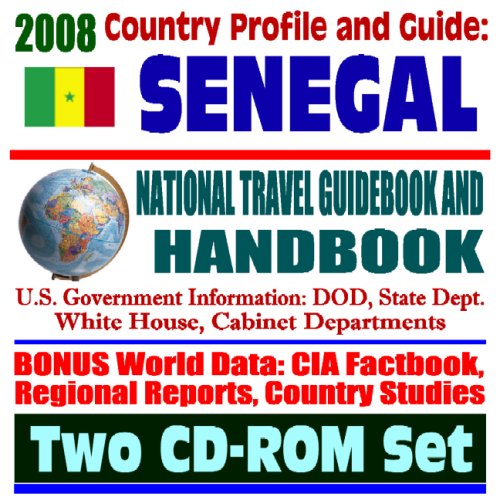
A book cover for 2008 Country Profile and Guide to Senegal - National Travel Guidebook and Handbook - U.S. Relations, Doing Business, Energy in Africa, Agriculture (Two CD-ROM Set); U.S. Government; Travel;